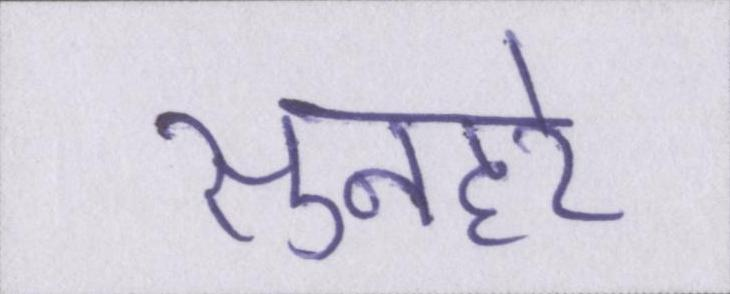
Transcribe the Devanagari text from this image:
सुनहरे